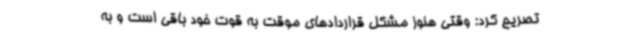
تصریح کرد: وقتی هنوز مشکل قراردادهای موقت به قوت خود باقی است و به